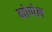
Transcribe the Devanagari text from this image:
कोप्पेल